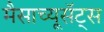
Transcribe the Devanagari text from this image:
मैसाच्यूसॅट्स